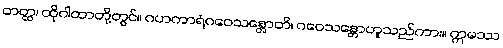
တတ္ထ၊ ထိုဂါထာတို့တွင်။ ဂဟကာရံဂဝေသန္တောတိ၊ ဂဝေသန္တောဟူသည်ကား။ ဣမဿ